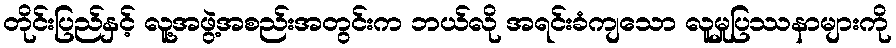
တိုင်းပြည်နှင့် လူ့အဖွဲ့အစည်းအတွင်းက ဘယ်လို အရင်းခံကျသော လူမှုပြဿနာများကို